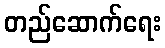
တည်ဆောက်ရေး